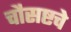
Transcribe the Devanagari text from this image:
चौसष्टचे